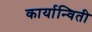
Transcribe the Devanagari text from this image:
कार्यान्विती